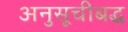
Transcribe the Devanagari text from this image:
अनुसूचीबद्ध